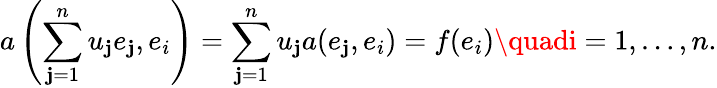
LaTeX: a\left(\sum_{\mathbf{j}=1}^{n}u_{\mathbf{j}}e_{\mathbf{j}},e_{i}\right)=\sum_{\mathbf{j}=1}^{n}u_{\mathbf{j}}a(e_{\mathbf{j}},e_{i})=f(e_{i})\quadi=1,\ldots,n.